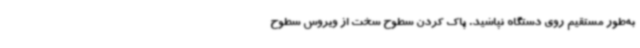
به‌طور مستقیم روی دستگاه نپاشید. پاک‌ کردن سطوح سخت از ویروس سطوح